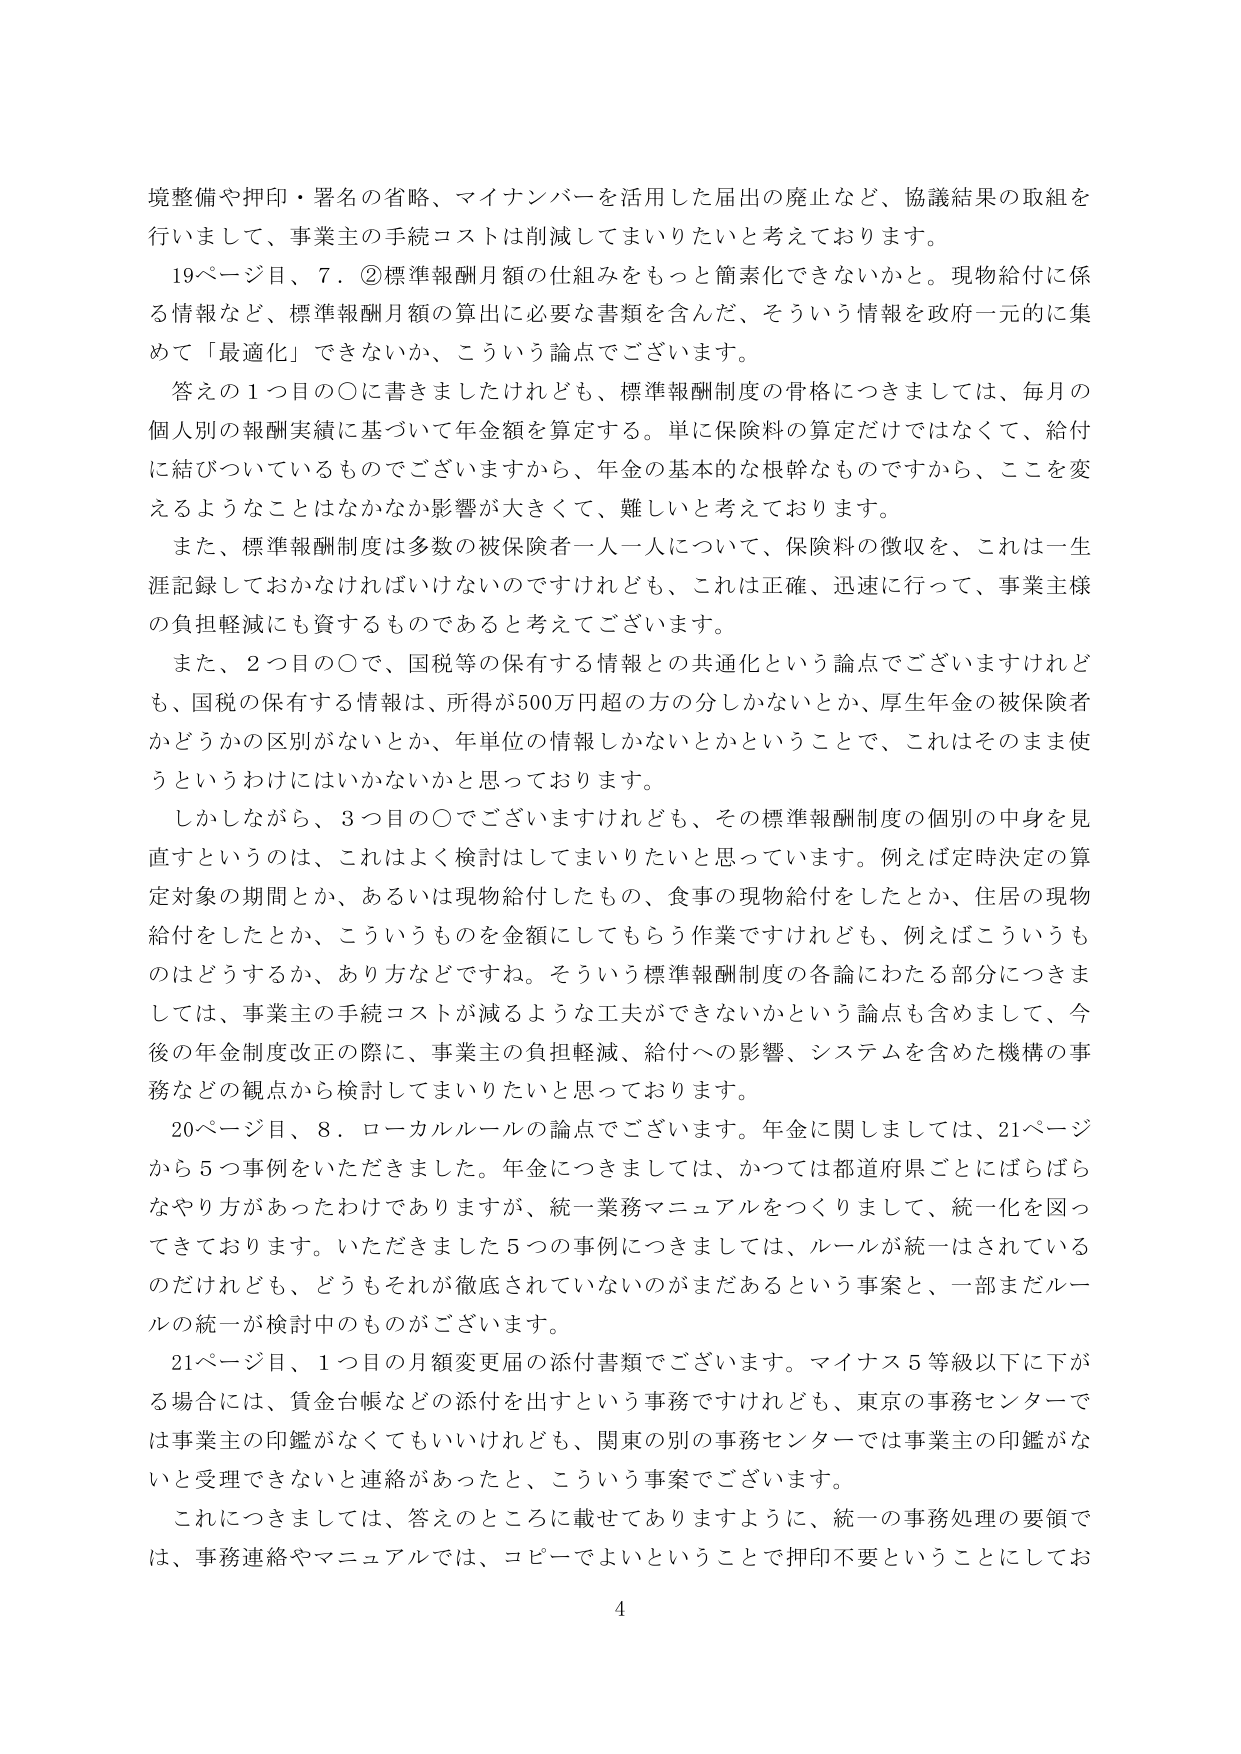
境整備や押印・署名の省略、マイナンバーを活用した届出の廃止など、協議結果の取組を行いまして、事業主の手続コストは削減してまいりたいと考えております。

19ページ目、7．②標準報酬月額の仕組みをもっと簡素化できないかと。現物給付に係る情報など、標準報酬月額の算出に必要な書類を含んだ、そういう情報を政府一元的に集めて「最適化」できないか、こういう論点でございます。

答えの1つ目の〇に書きましたけれども、標準報酬制度の骨格につきましては、毎月の個人別の報酬実績に基づいて年金額を算定する。単に保険料の算定だけではなくて、給付に結びついているものでございますから、年金の基本的な根幹なものですから、ここを変えるようなことはなかなか影響が大きくって、難しいと考えております。

また、標準報酬制度は多数の被保険者一人一人について、保険料の徴収を、これは一生涯記録しておかなければならないのですけれども、これは正確、迅速に行って、事業主様の負担軽減にも資するものであると考えてございます。

また、2つ目の〇で、国税等の保有する情報との共通化という論点でございますけれども、国税の保有する情報は、所得が500万円超の方の分しかないとか、厚生年金の被保険者かどうかの区別がないとか、年単位の情報しかないとかということで、これはそのまま使うというわけにはいかないかと思っております。

しかしながら、3つ目の〇でございますけれども、その標準報酬制度の個別の中身を見直すというのは、これはよく検討してまいりたいと思っています。例えば定時決定の算定対象の期間とか、あるいは現物給付したもの、食事の現物給付をしたとか、住居の現物給付をしたとか、こういうものを金額にしてもらう作業ですけれども、例えばこういうものはどうするか、あり方などですね。そういう標準報酬制度の各論にわたる部分につきましては、事業主の手続コストが減るような工夫ができないかという論点も含めまして、今後の年金制度改正の際に、事業主の負担軽減、給付への影響、システムを含めた機構の事務などの観点から検討してまいりたいと思っております。

20ページ目、8．ローカルルールの論点でございます。年金に関しましては、21ページから5つ事例をいただきました。年金につきましては、かつては都道府県ごとにばらばらなやり方があったわけでありますが、統一業務マニュアルをつくりまして、統一化を図ってきております。いただきました5つの事例につきましては、ルールが統一はされているのだけれども、どうもそれが徹底されていないのがまだあるという事案と、一部まだルールの統一が検討中のもののがございます。

21ページ目、1つ目の月額変更届の添付書類でございます。マイナス5等級以下に下がる場合には、賃金台帳などの添付を出すという事務ですけれども、東京の事務センターでは事業主の印鑑がなくてもいいけれども、関東の別の事務センターでは事業主の印鑑がないと受理できないと連絡があったと、こういう事案でございます。

これにつきましては、答えのところに載せてありますように、統一の事務処理の要領では、事務連絡やマニュアルでは、コピーでよいということで押印不要ということにしてお

4